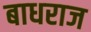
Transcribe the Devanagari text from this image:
बाधराज